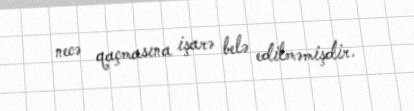
necə qaçmasına işarə belə edilməmişdir.